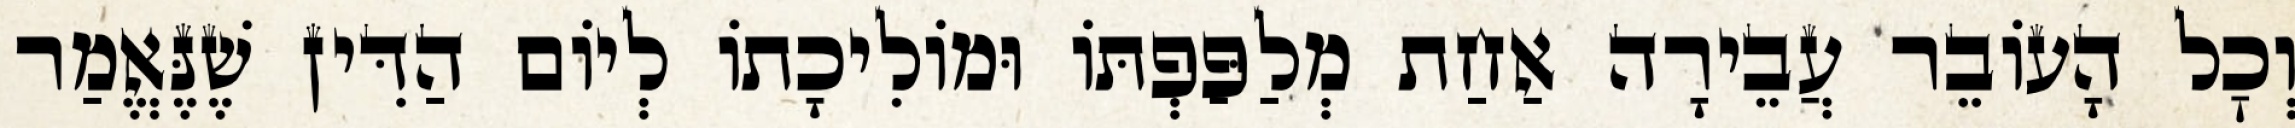
וְכׇל הָעוֹבֵר עֲבֵירָה אַחַת מְלַפַּפְתּוֹ וּמוֹלִיכָתוֹ לְיוֹם הַדִּין שֶׁנֶּאֱמַר